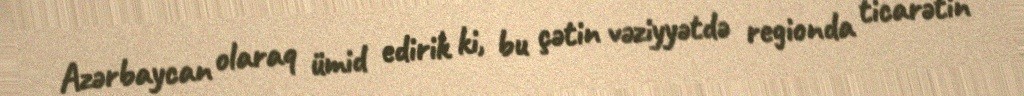
Azərbaycan olaraq ümid edirik ki, bu çətin vəziyyətdə regionda ticarətin